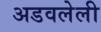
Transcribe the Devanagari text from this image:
अडवलेली